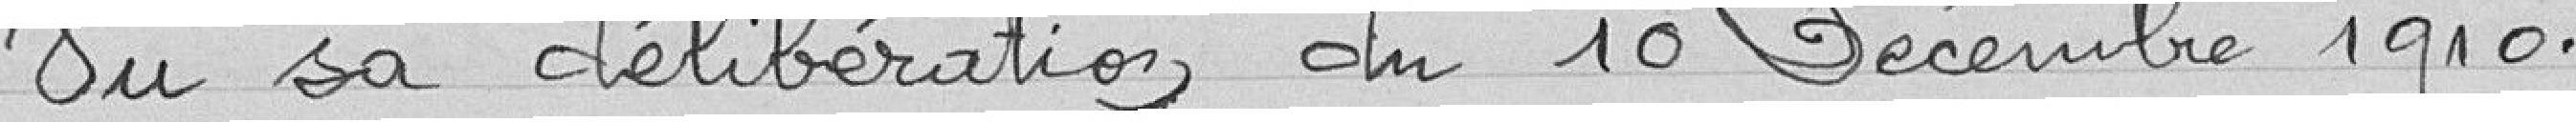
Sur sa délibération du 10 décembre 1910,